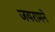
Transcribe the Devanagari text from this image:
जयरामने